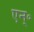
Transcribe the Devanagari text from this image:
एन्॰